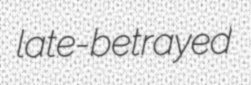
late-betrayed